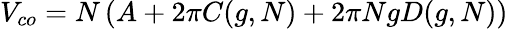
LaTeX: V_{co}=N\left(A+2\pi C(g,N)+2\pi NgD(g,N)\right)